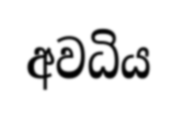
අවධිය